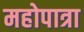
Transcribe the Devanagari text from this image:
महोपात्रा